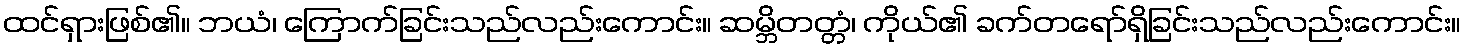
ထင်ရှားဖြစ်၏။ ဘယံ၊ ကြောက်ခြင်းသည်လည်းကောင်း။ ဆမ္ဘိတတ္တံ၊ ကိုယ်၏ ခက်တရော်ရှိခြင်းသည်လည်းကောင်း။